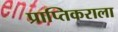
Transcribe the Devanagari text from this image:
प्राप्‍तिकराला